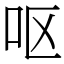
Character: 呕